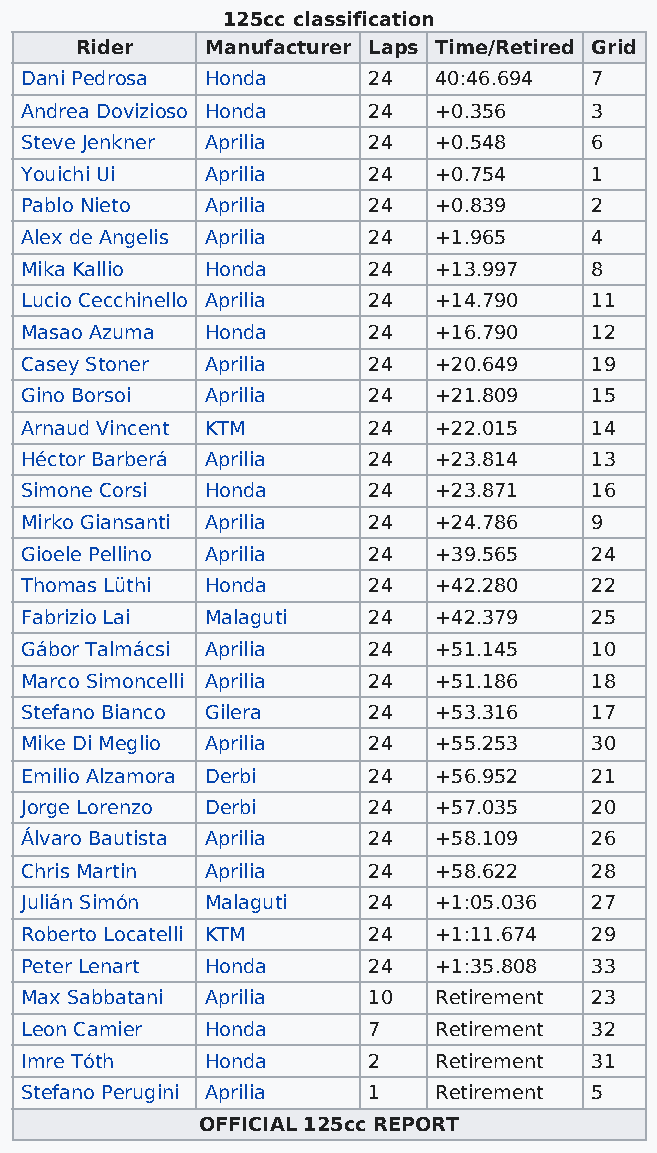
125cc classification
 Rider    Manufacturer Laps Time/Retired Grid
 Dani Pedrosa Honda     24   40:46.694 7
 Andrea Dovizioso Honda 24   +0.356    3
 Steve Jenkner Aprilia  24   +0.548    6
 Youichi Ui   Aprilia   24   +0.754    1
 Pablo Nieto  Aprilia   24   +0.839    2
 Alex de Angelis Aprilia 24  +1.965    4
 Mika Kallio  Honda     24   +13.997   8
 Lucio Cecchinello Aprilia 24 +14.790  11
 Masao Azuma  Honda     24   +16.790   12
 Casey Stoner Aprilia   24   +20.649   19
 Gino Borsoi  Aprilia   24   +21.809   15
 Arnaud Vincent KTM     24   +22.015   14
 Héctor Barberá Aprilia 24   +23.814   13
 Simone Corsi Honda     24   +23.871   16
 Mirko Giansanti Aprilia 24  +24.786   9
 Gioele Pellino Aprilia 24   +39.565   24
 Thomas Lüthi Honda     24   +42.280   22
 Fabrizio Lai Malaguti  24   +42.379   25
 Gábor Talmácsi Aprilia 24   +51.145   10
 Marco Simoncelli Aprilia 24 +51.186   18
 Stefano Bianco Gilera  24   +53.316   17
 Mike Di Meglio Aprilia 24   +55.253   30
 Emilio Alzamora Derbi  24   +56.952   21
 Jorge Lorenzo Derbi    24   +57.035   20
 Álvaro Bautista Aprilia 24  +58.109   26
 Chris Martin Aprilia   24   +58.622   28
 Julián Simón Malaguti  24   +1:05.036 27
 Roberto Locatelli KTM  24   +1:11.674 29
 Peter Lenart Honda     24   +1:35.808 33
 Max Sabbatani Aprilia  10   Retirement 23
 Leon Camier  Honda     7    Retirement 32
 Imre Tóth    Honda     2    Retirement 31
 Stefano Perugini Aprilia 1  Retirement 5
 OFFICIAL 125cc REPORT